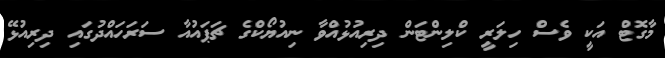
މާގޮޓް އަކީ ވެސް ހިލަރީ ކްލިންޓަން ދިރިއުޅުއްވާ ނިއުޔޯކްގެ ޗަޕައުއާ ސަރަހައްދުގައި ދިރިއުޅޭ